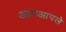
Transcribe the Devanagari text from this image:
आपआपले